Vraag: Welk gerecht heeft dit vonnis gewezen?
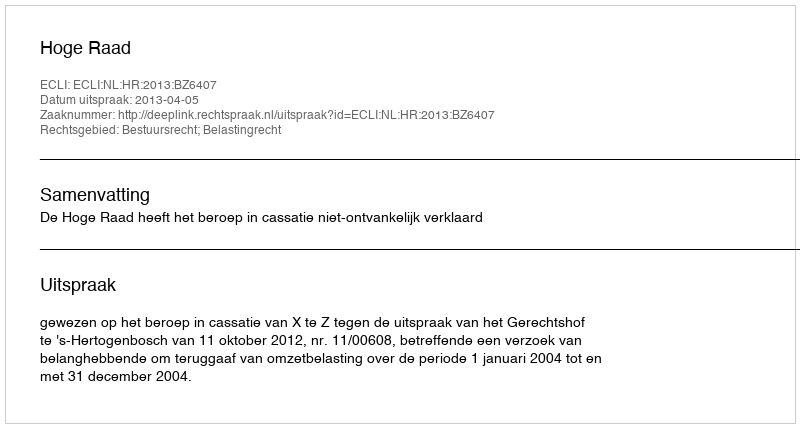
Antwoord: Hoge Raad